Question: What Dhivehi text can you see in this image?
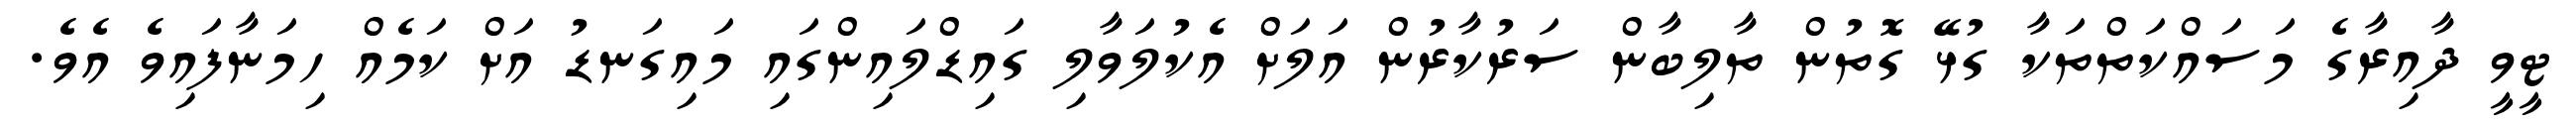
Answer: ޓީވީ ދާއިރާގެ މަސައްކަތްތަކާ ގުޅޭ ގޮތުން ތާލިބާން ސަރުކާރުން އަލަށް އެކުލަވާލި ގައިޑްލައިންގައި މައިގަނޑު އަށް ކަމެއް ހިމަނާފައިވެ އެވެ.